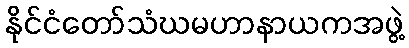
နိုင်ငံတော်သံဃမဟာနာယကအဖွဲ့